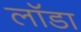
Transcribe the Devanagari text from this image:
लॉडा